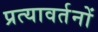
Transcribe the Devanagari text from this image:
प्रत्यावर्तनों